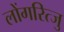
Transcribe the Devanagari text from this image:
लोंगरित्जु